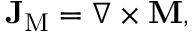
\mathbf { J } _ { \mathrm { M } } = \nabla \times \mathbf { M } ,